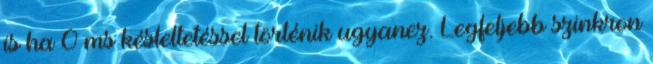
is ha 0 ms késleltetéssel történik ugyanez. Legfeljebb szinkron